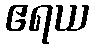
ဧရယ